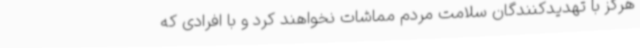
هرگز با تهدیدکنندگان سلامت مردم مماشات نخواهند کرد و با افرادی که